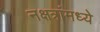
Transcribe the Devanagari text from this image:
नक्षत्रांमध्ये